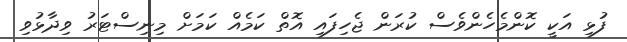
ފުޅި އަކީ ކޮންމެހެންވެސް ކުރަން ޖެހިފައި އޮތް ކަމެއް ކަމަށް މިނިސްޓަރު ވިދާޅުވި